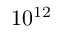
1 0 ^ { 1 2 }